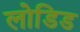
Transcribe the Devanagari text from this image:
लोडिड